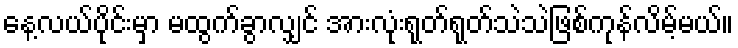
နေ့လယ်ပိုင်းမှာ မထွက်ခွာလျှင် အားလုံးရုတ်ရုတ်သဲသဲဖြစ်ကုန်လိမ့်မယ်။